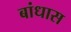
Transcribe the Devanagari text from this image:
बांधास